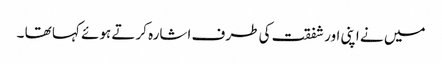
میں نے اپنی اور شفقت کی طرف اشارہ کرتے ہوئے کہا تھا ۔